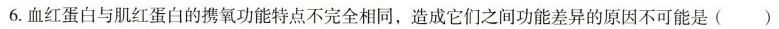
6.血红蛋白与肌红蛋白的携氧功能特点不完全相同，造成它们之间功能差异的原因不可能是（ ）